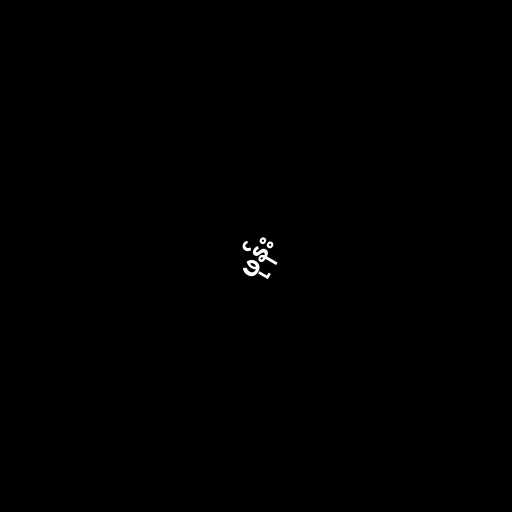
ဖုန်း